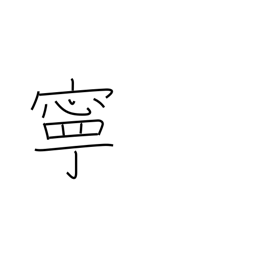
Meaning: preferably